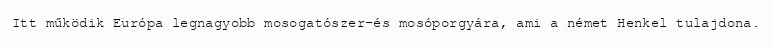
Itt működik Európa legnagyobb mosogatószer-és mosóporgyára, ami a német Henkel tulajdona.